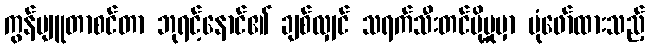
ကွန်ပျူတာစင်တာ ဘုရင့်နောင်၏ ချစ်လျှင် သရက်သီးတင်ပို့မှုမှာ ပုံဖော်ထားသည့်